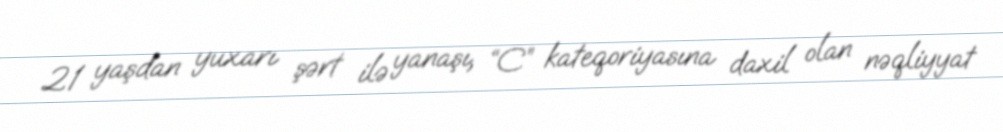
21 yaşdan yuxarı şərt ilə yanaşı, “C” kateqoriyasına daxil olan nəqliyyat